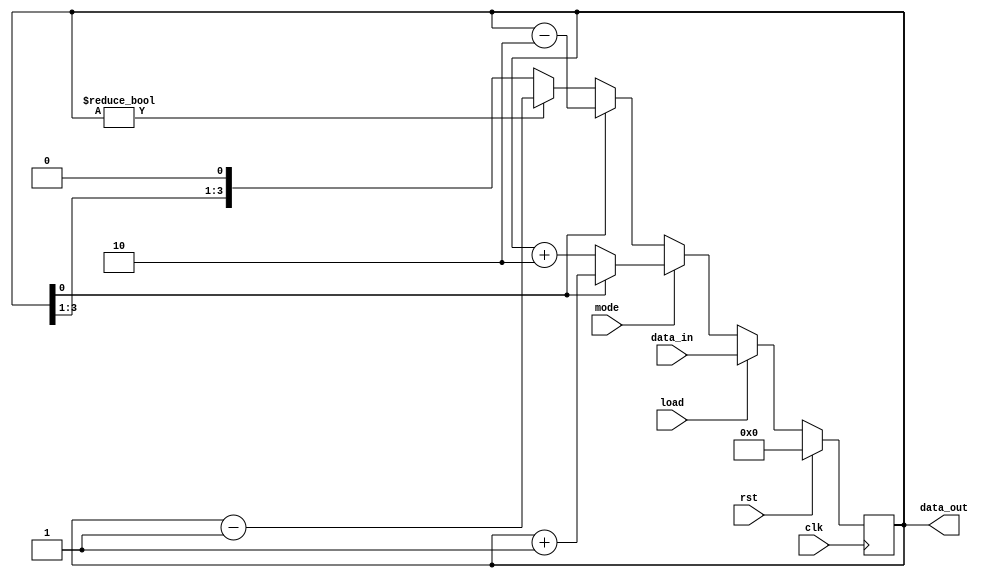
module even_odd_up_down_counter(clk,rst,mode,load,data_in,data_out);
input clk,rst,load,mode;
input [3:0]data_in;
output reg [3:0]data_out;
always @(posedge clk) begin
    if (rst) begin
        data_out <= 4'b0000;
    end
    else if (load) begin
        // Load the input value directly to data_out when load signal is active
        data_out <= data_in;
    end
    else if (mode) begin
        // Up count mode
        if (data_out[0] == 1'b0) // Checking LSB for even
            data_out <= data_out + 4'b0010; // Increment by 2 if even
        else
            data_out <= data_out + 4'b0001; // Make it even then increment by 2 next time
    end
    else begin
        // Down count mode
        if (data_out[0] == 1'b1) // Checking LSB for odd
            data_out <= data_out - 4'b0010; // Decrement by 2 if odd
        else if (data_out != 0) // Check to avoid underflow
            data_out <= data_out - 4'b0001; // Make it odd then decrement by 2 next time
    end
end

endmodule